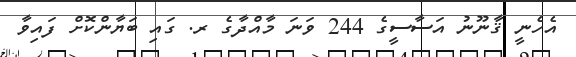
އެހެނީ ޤާނޫނު އަސާސީގެ 244 ވަނަ މާއްދާގެ ރ. ގައި ބަޔާންކޮށް ފައިވާ